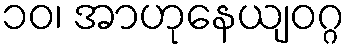
၁၀၊ အာဟုနေယျဝဂ္ဂ